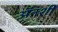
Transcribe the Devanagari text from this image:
अॅनशी